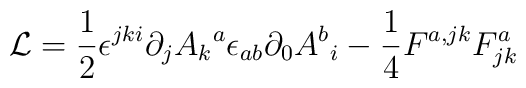
{\cal L} ={\frac{1} {2}}\epsilon^{jki}\partial_j{A_k}^{a}\epsilon_{ab}\partial_{0}{{A^b}_{i}}- \frac{1}{4} F^{a,jk} F^a_{jk}